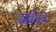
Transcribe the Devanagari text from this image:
पाहिलेलं